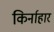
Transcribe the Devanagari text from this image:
किर्नाहार